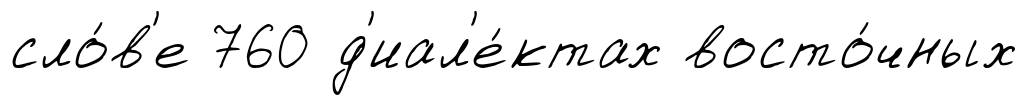
сло́в'е 760 д'иал'е́ктах восто́чных